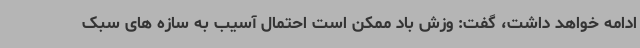
ادامه خواهد داشت، گفت: وزش باد ممکن است احتمال آسیب به سازه های سبک